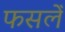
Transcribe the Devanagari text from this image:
फसलेँ